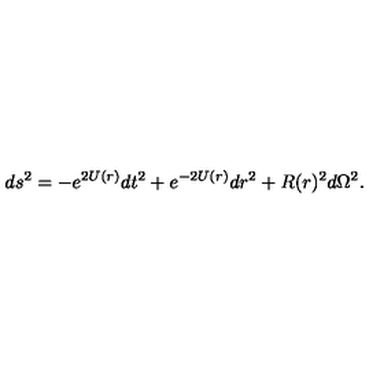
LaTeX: d s ^ { 2 } = - e ^ { 2 U ( r ) } d t ^ { 2 } + e ^ { - 2 U ( r ) } d r ^ { 2 } + R ( r ) ^ { 2 } d \Omega ^ { 2 } .